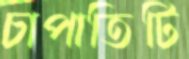
চাপাতিটি